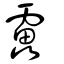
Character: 靐